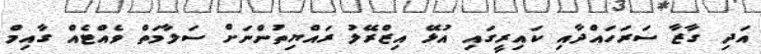
އަދި ގާޒާ ސަރަހައްދާއި ކައިރީގައި އުޅޭ އިޒްރޭލު ރައްޔިތުންނަށް ސަލާމަތް ވެއްޓެއް ގާއިމް